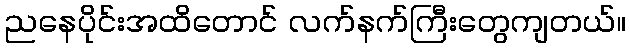
ညနေပိုင်းအထိတောင် လက်နက်ကြီးတွေကျတယ်။